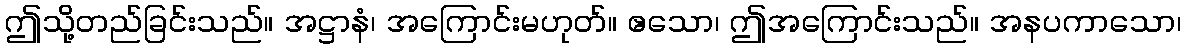
ဤသို့တည်ခြင်းသည်။ အဋ္ဌာနံ၊ အကြောင်းမဟုတ်။ ဧသော၊ ဤအကြောင်းသည်။ အနပကာသော၊